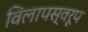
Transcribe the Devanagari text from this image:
विलापस्वरूप